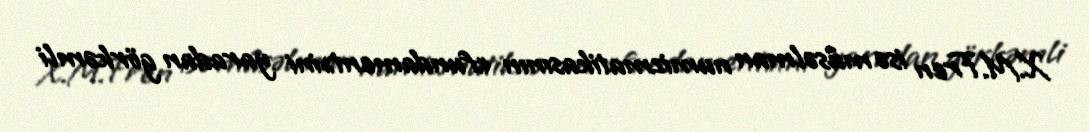
X.M.Fren isə müsəlman numizmatikasının «fundament»ini yaradan görkəmli